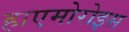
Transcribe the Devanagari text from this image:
हाएमोरोइस